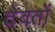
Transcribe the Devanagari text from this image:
देवतों